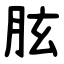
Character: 胘